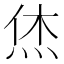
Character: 烋